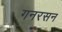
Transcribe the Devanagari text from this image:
गनरसन